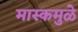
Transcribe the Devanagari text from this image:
मास्कमुळे